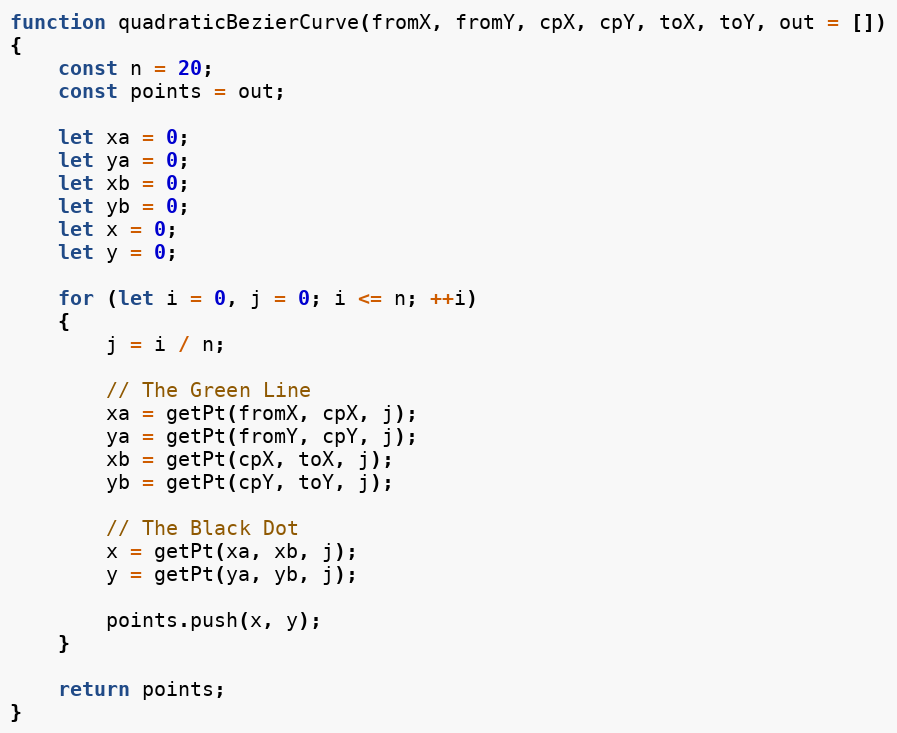
Language: JavaScript
function quadraticBezierCurve(fromX, fromY, cpX, cpY, toX, toY, out = [])
{
    const n = 20;
    const points = out;

    let xa = 0;
    let ya = 0;
    let xb = 0;
    let yb = 0;
    let x = 0;
    let y = 0;

    for (let i = 0, j = 0; i <= n; ++i)
    {
        j = i / n;

        // The Green Line
        xa = getPt(fromX, cpX, j);
        ya = getPt(fromY, cpY, j);
        xb = getPt(cpX, toX, j);
        yb = getPt(cpY, toY, j);

        // The Black Dot
        x = getPt(xa, xb, j);
        y = getPt(ya, yb, j);

        points.push(x, y);
    }

    return points;
}